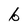
Character: b